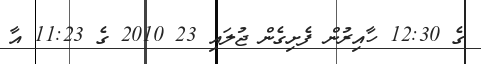
ގެ 12:30 ހާއިރުން ފެށިގެން ޖުލައި 23 2010 ގެ 11:23 އާ